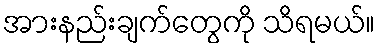
အားနည်းချက်တွေကို သိရမယ်။